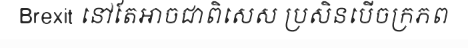
Brexit នៅតែអាចជាពិសេស ប្រសិនបើចក្រភព